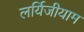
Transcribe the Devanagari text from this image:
लर्यिजीयाम